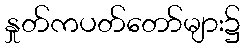
နှုတ်ကပတ်တော်များ၌